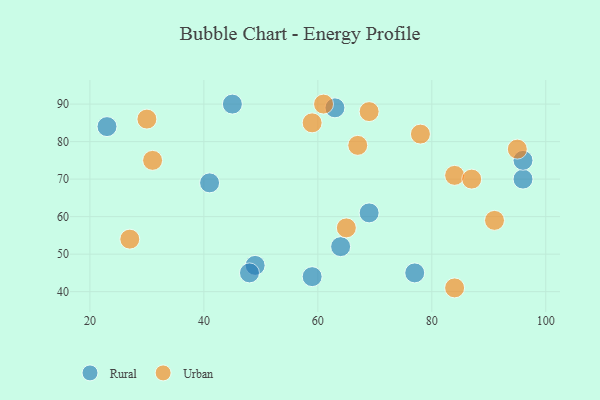
{"axis": {"x": "GDP", "y": "Life Expectancy"}, "legend": ["Rural", "Urban"], "data": [{"x": "96", "y": 70, "type": "Rural"}, {"x": "64", "y": 52, "type": "Rural"}, {"x": "49", "y": 47, "type": "Rural"}, {"x": "77", "y": 45, "type": "Rural"}, {"x": "23", "y": 84, "type": "Rural"}, {"x": "59", "y": 44, "type": "Rural"}, {"x": "48", "y": 45, "type": "Rural"}, {"x": "69", "y": 61, "type": "Rural"}, {"x": "45", "y": 90, "type": "Rural"}, {"x": "96", "y": 75, "type": "Rural"}, {"x": "63", "y": 89, "type": "Rural"}, {"x": "41", "y": 69, "type": "Rural"}, {"x": "30", "y": 86, "type": "Urban"}, {"x": "78", "y": 82, "type": "Urban"}, {"x": "65", "y": 57, "type": "Urban"}, {"x": "91", "y": 59, "type": "Urban"}, {"x": "59", "y": 85, "type": "Urban"}, {"x": "95", "y": 78, "type": "Urban"}, {"x": "69", "y": 88, "type": "Urban"}, {"x": "27", "y": 54, "type": "Urban"}, {"x": "31", "y": 75, "type": "Urban"}, {"x": "84", "y": 71, "type": "Urban"}, {"x": "87", "y": 70, "type": "Urban"}, {"x": "84", "y": 41, "type": "Urban"}, {"x": "61", "y": 90, "type": "Urban"}, {"x": "67", "y": 79, "type": "Urban"}]}